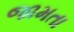
જામતા